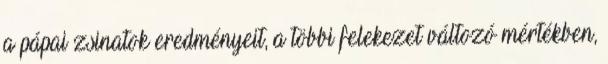
a pápai zsinatok eredményeit, a többi felekezet változó mértékben,